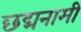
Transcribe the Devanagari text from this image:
छद्मनामी